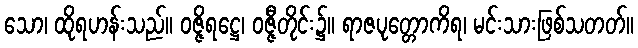
သော၊ ထိုရဟန်းသည်။ ဝဇ္ဇိရဋ္ဌေ၊ ဝဇ္ဇီတိုင်း၌။ ရာဇပုတ္တောကိရ၊ မင်းသားဖြစ်သတတ်။